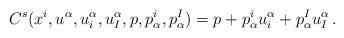
LaTeX: \begin{align*}C^s(x^i,u^\alpha,u^\alpha_i,u^\alpha_I,p,p_\alpha^i,p_\alpha^I) =p + p_\alpha^iu_i^\alpha + p_\alpha^{I}u_{I}^\alpha \, .\end{align*}